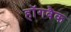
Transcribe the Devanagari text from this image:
हॉगबैक